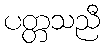
ပတ္တသညီ